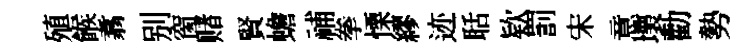
殖餱翥别窗赌賢蟾𥙷拳慄繆迹聒欵罰宋意壞勸勢